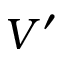
V ^ { \prime }